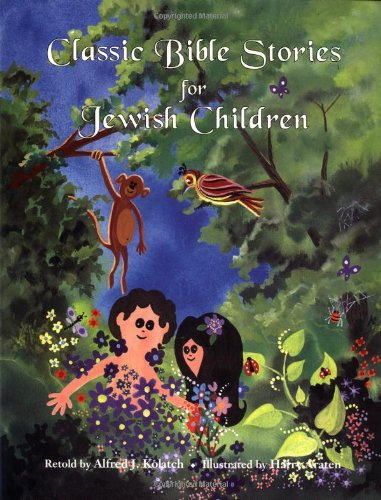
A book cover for Classic Bible Stories for Jewish Children; Alfred J. Kolatch; Children's Books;